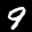
Label: 9